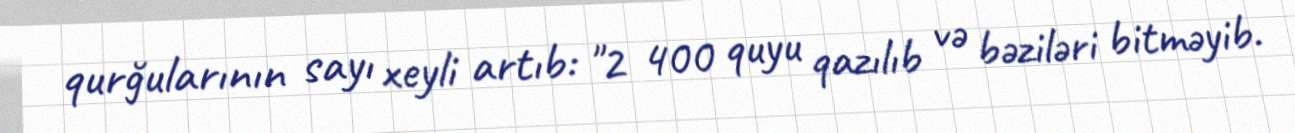
qurğularının sayı xeyli artıb: "2 400 quyu qazılıb və bəziləri bitməyib.